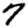
Digit: 7